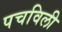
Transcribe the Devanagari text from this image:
पचविली